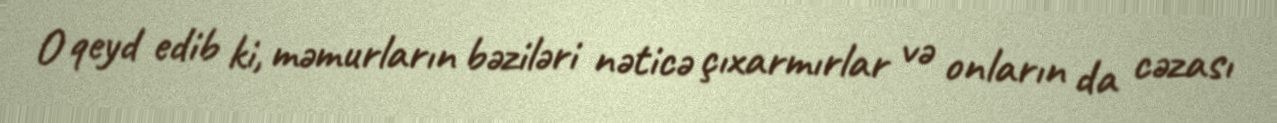
O qeyd edib ki, məmurların bəziləri nəticə çıxarmırlar və onların da cəzası